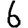
Digit: 6